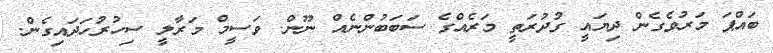
ބައްޕަ މަރުވެގެން ދިޔައީ ގުދުރަތީ މަރެއްގެ ސަބަބުންނެއް ނޫން. ވަސީމް މަރާލީ ސިހުރުހަދައިގެން.